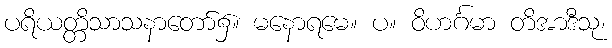
ပရိယတ္တိသာသနာတော်၌။ မနောရမေ။ ပ။ ဝိဟင်္ဂမာ တိအာဒီသု၊